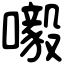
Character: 𡃀